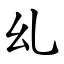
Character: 乣